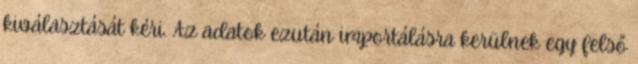
kiválasztását kéri. Az adatok ezután importálásra kerülnek egy felső